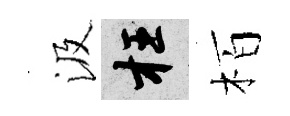
汲枉栢